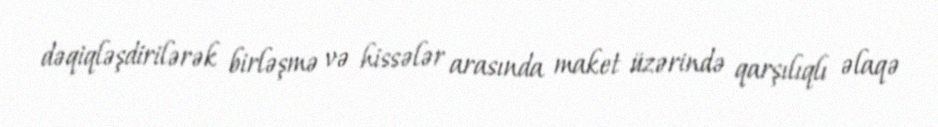
dəqiqləşdirilərək birləşmə və hissələr arasında maket üzərində qarşılıqlı əlaqə